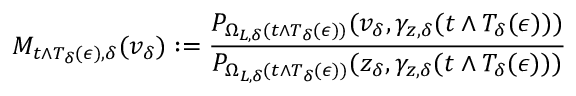
M _ { t \wedge T _ { \delta } ( \epsilon ) , \delta } ( v _ { \delta } ) : = \frac { P _ { \Omega _ { L , \delta } ( t \wedge T _ { \delta } ( \epsilon ) ) } ( v _ { \delta } , \gamma _ { z , \delta } ( t \wedge T _ { \delta } ( \epsilon ) ) ) } { P _ { \Omega _ { L , \delta } ( t \wedge T _ { \delta } ( \epsilon ) ) } ( z _ { \delta } , \gamma _ { z , \delta } ( t \wedge T _ { \delta } ( \epsilon ) ) ) }